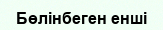
Бөлінбеген енші